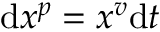
\mathrm { d } x ^ { p } = x ^ { v } \mathrm { d } t